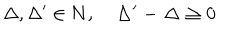
\Delta , \Delta ^ { \prime } \in \bf { N } , \quad \Delta ^ { \prime } - \Delta \geq 0